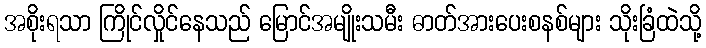
အစိုးရသာ ကြိုင်လှိုင်နေသည် မြောင်အမျိုးသမီး ဓာတ်အားပေးစနစ်များ သိုးခြံထဲသို့